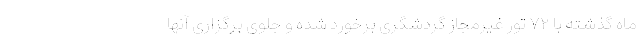
ماه گذشته با ۷۲ تور غیرمجاز گردشگری برخورد شده و جلوی برگزاری آنها